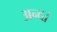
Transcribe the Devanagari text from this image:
अन्द।